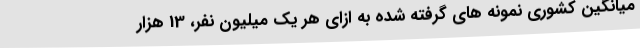
میانگین کشوری نمونه های گرفته شده به ازای هر یک میلیون نفر، 13 هزار